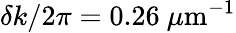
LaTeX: \delta k/2\pi=0.26\ \mu\mathrm{m}^{-1}